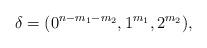
LaTeX: \begin{align*}\delta = (0^{n-m_1-m_2},1^{m_1},2^{m_2}),\end{align*}